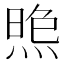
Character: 𱫥